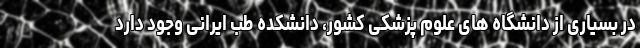
در بسیاری از دانشگاه های علوم پزشکی کشور، دانشکده طب ایرانی وجود دارد